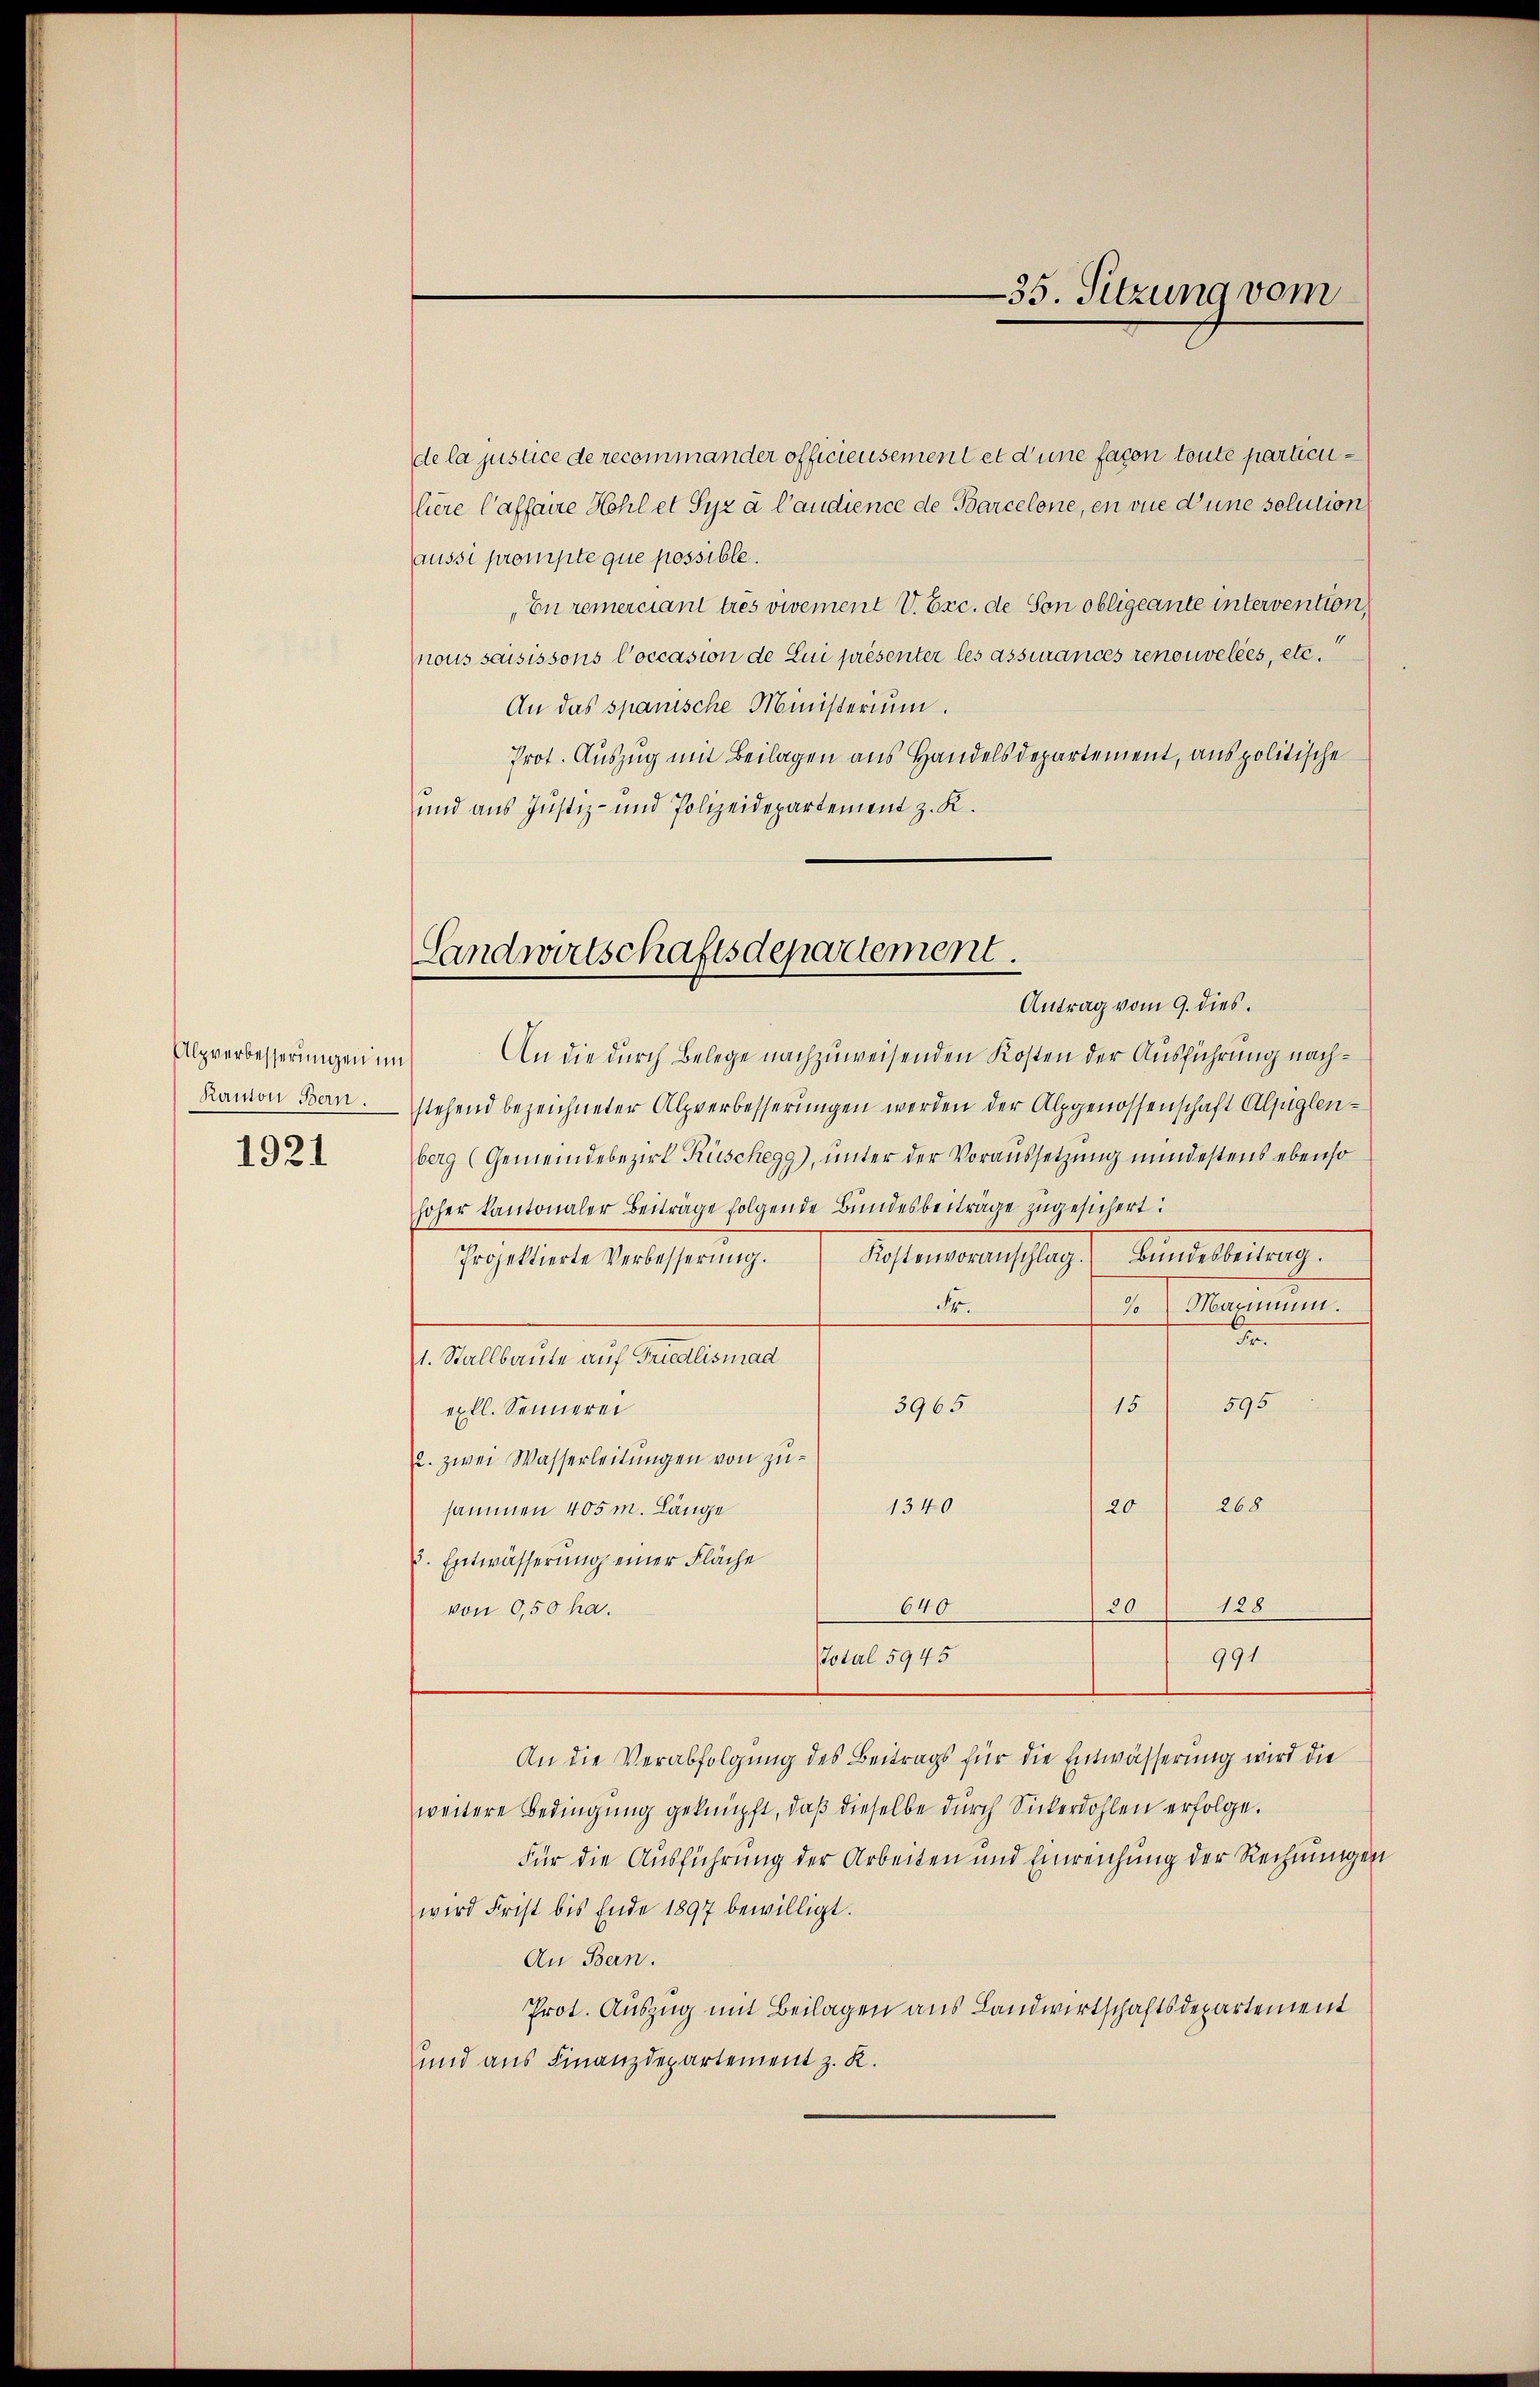
Alpverbesserungen in
Kanton Bern.
1921

Landwirtschaftsdepartement.

de la justice de recommander officiersement et d’une facon toute particuliere Caffaire Hohl et Syz à l’audience de Barcelone, en vue d’une solution
aussi prompte que possible.
En remerciant tres vivement V. Exc. de Son obligeante intervention,
nous saisissons Coccasion de Lui présenter les assurances renouvelées, etc.
An das spanische Ministerium.
Prot. Auszug mit Beilagen aus Handelsdepartement, aus politische
und aus Justiz- und Polizeidepartement z. K.
Antrag vom 9. dies
An die durch Belege nachzuweisenden Kosten der Ausführung nachstehend bezeichneter Alpverbesserungen werden der Alpgenossenschaft Aljüglenberg (Gemeindebezirk Rüschegg), unter der Voraussetzung mindestens ebenso
hoher kantonaler Beiträge folgende Bundesbeiträge zugesichert:
Kostenvoranschlag. Bunderbeitrag.
Projektierte Verbesserung.
S.
2. Mannen.
.
1. Stallbaute auf Friedlismad
595
3965
15
exkl. Sennerei
2. zwei Wasserleitungen von zu¬
20 268
1340
sammen 405 m. Länge
d. Entwässerung einer Fläche
640
128
30
von 0,50 ha.
Total 5945
991.
An die Verabfolgung des Beitrags für die Entwässerung wird die
weitere Bedingung geknüpft, daß dieselbe durch Sickerdohlen erfolge.
Für die Ausführung der Arbeiten und Einreichung der Rechnungen
wird Frist bis Ende 1897 bewilligt.
An Bern.
Prot. Auszug mit Beilagen aus Landwirtschaftsdepartement
und aus Finanzdepartement z. K.

—35. Sitzung vom